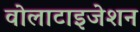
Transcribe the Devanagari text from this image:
वोलाटाइजेशन